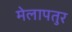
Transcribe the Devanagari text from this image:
मेलापतुर